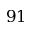
9 1